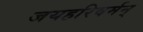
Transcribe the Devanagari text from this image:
जयहरिवर्मन्